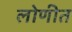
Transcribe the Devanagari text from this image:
लोणीत